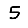
Digit: 5